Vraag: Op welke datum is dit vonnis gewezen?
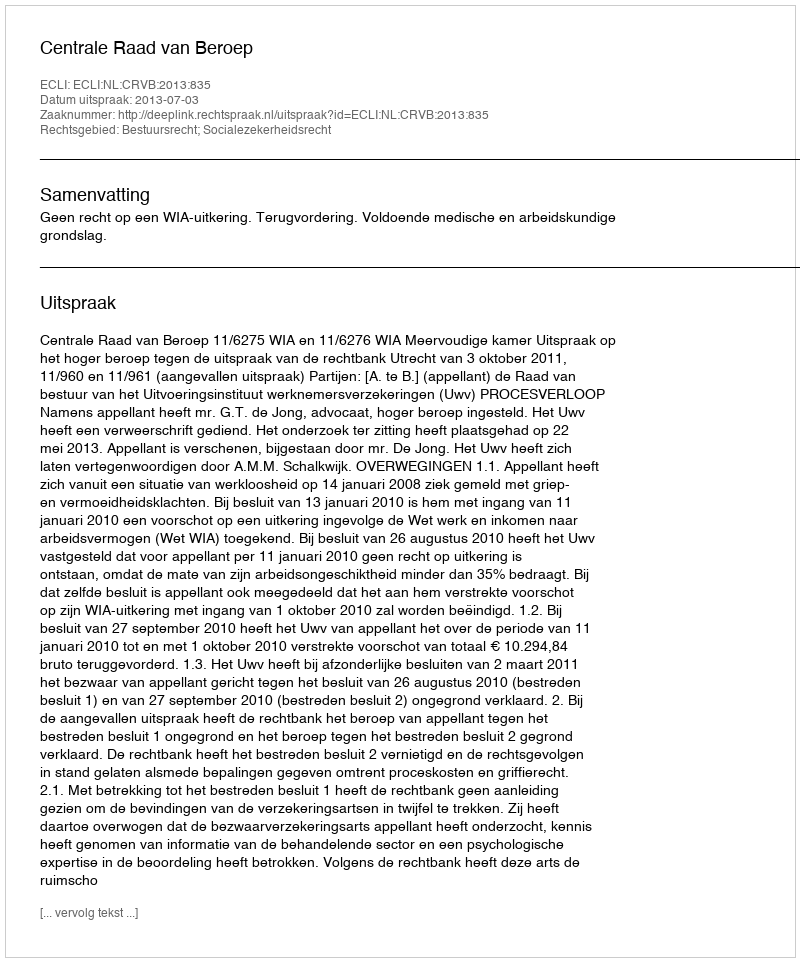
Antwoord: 2013-07-03